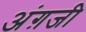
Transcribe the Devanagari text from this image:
अंग़जी